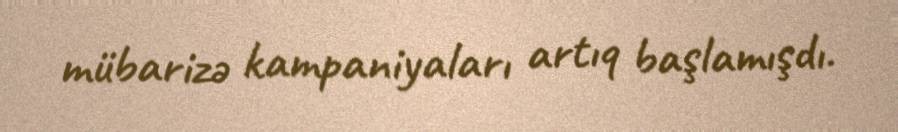
mübarizə kampaniyaları artıq başlamışdı.